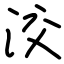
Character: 洨